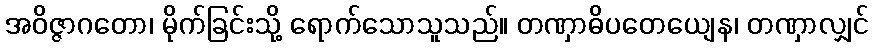
အဝိဇ္ဇာဂတော၊ မိုက်ခြင်းသို့ ရောက်သောသူသည်။ တဏှာဓိပတေယျေန၊ တဏှာလျှင်